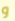
و